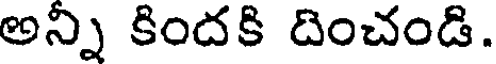
అన్ని కిందకి దించండి.